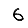
Digit: 6